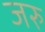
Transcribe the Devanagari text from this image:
जरु